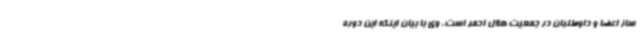
ساز اعضا و داوطلبان در جمعیت هلال احمر است. وی با بیان اینکه این دوره